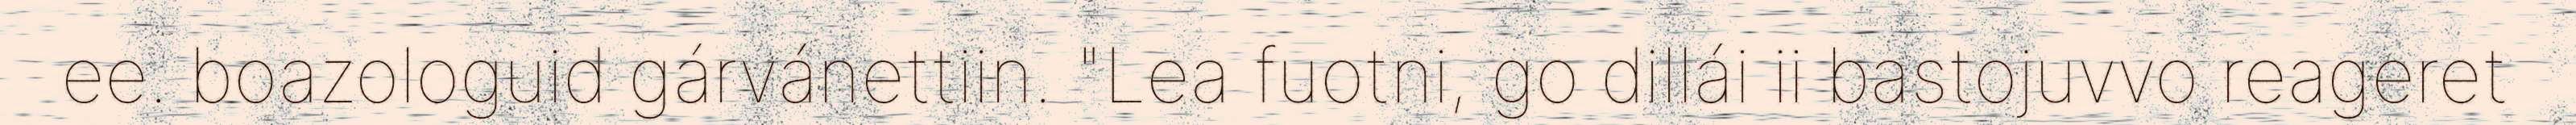
ee. boazologuid gárvánettiin. "Lea fuotni, go dillái ii bastojuvvo reageret